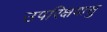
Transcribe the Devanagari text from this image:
उपरिक्षवासु